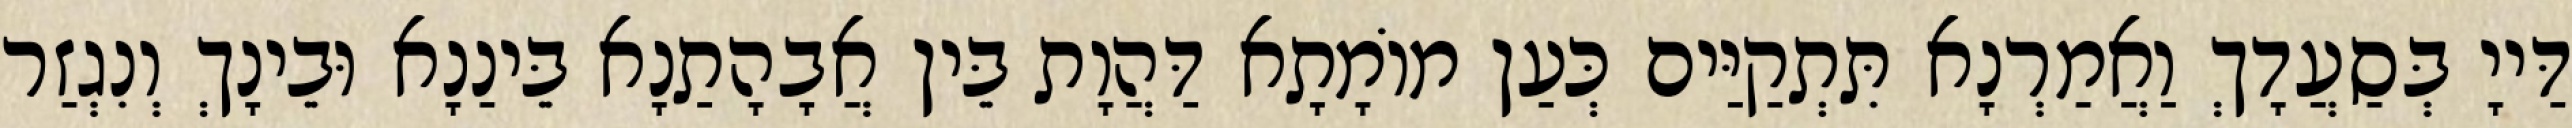
דַּייָ בְּסַעֲדָךְ וַאֲמַרְנָא תִּתְקַיַּים כְּעַן מוֹמָתָא דַּהֲוָת בֵּין אֲבָהָתַנָא בֵּינַנָא וּבֵינָךְ וְנִגְזַר